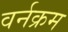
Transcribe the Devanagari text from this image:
वर्नक्रम